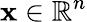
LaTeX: \boldsymbol{\mathbf{x}}\in\mathbb{{R}}^{n}